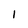
Character: I